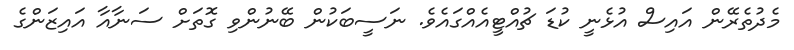
މެދުތެރޭން އައިސް އުޅެނީ ކުޑަ ޗުއްޓީއެއްގައެވެ. ނަސީބަކުން ބޭނުންވި ގޮތަށް ސަނާއާ އައިޒަންގެ